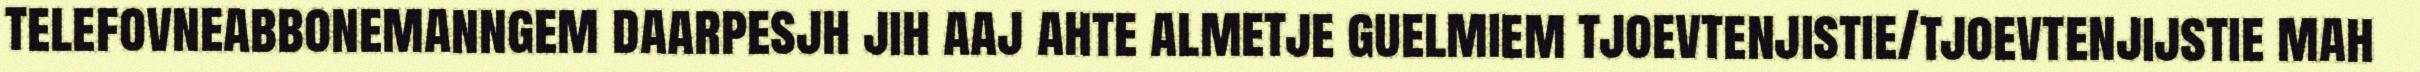
telefovneabbonemanngem daarpesjh jih aaj ahte almetje guelmiem tjoevtenjistie/tjoevtenjijstie mah